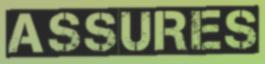
ASSURES